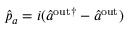
\hat { p } _ { a } = i ( \hat { a } ^ { \mathrm { { o u t } \dagger } } - \hat { a } ^ { \mathrm { { o u t } } } )